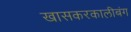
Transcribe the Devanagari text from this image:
खासकरकालीबंग